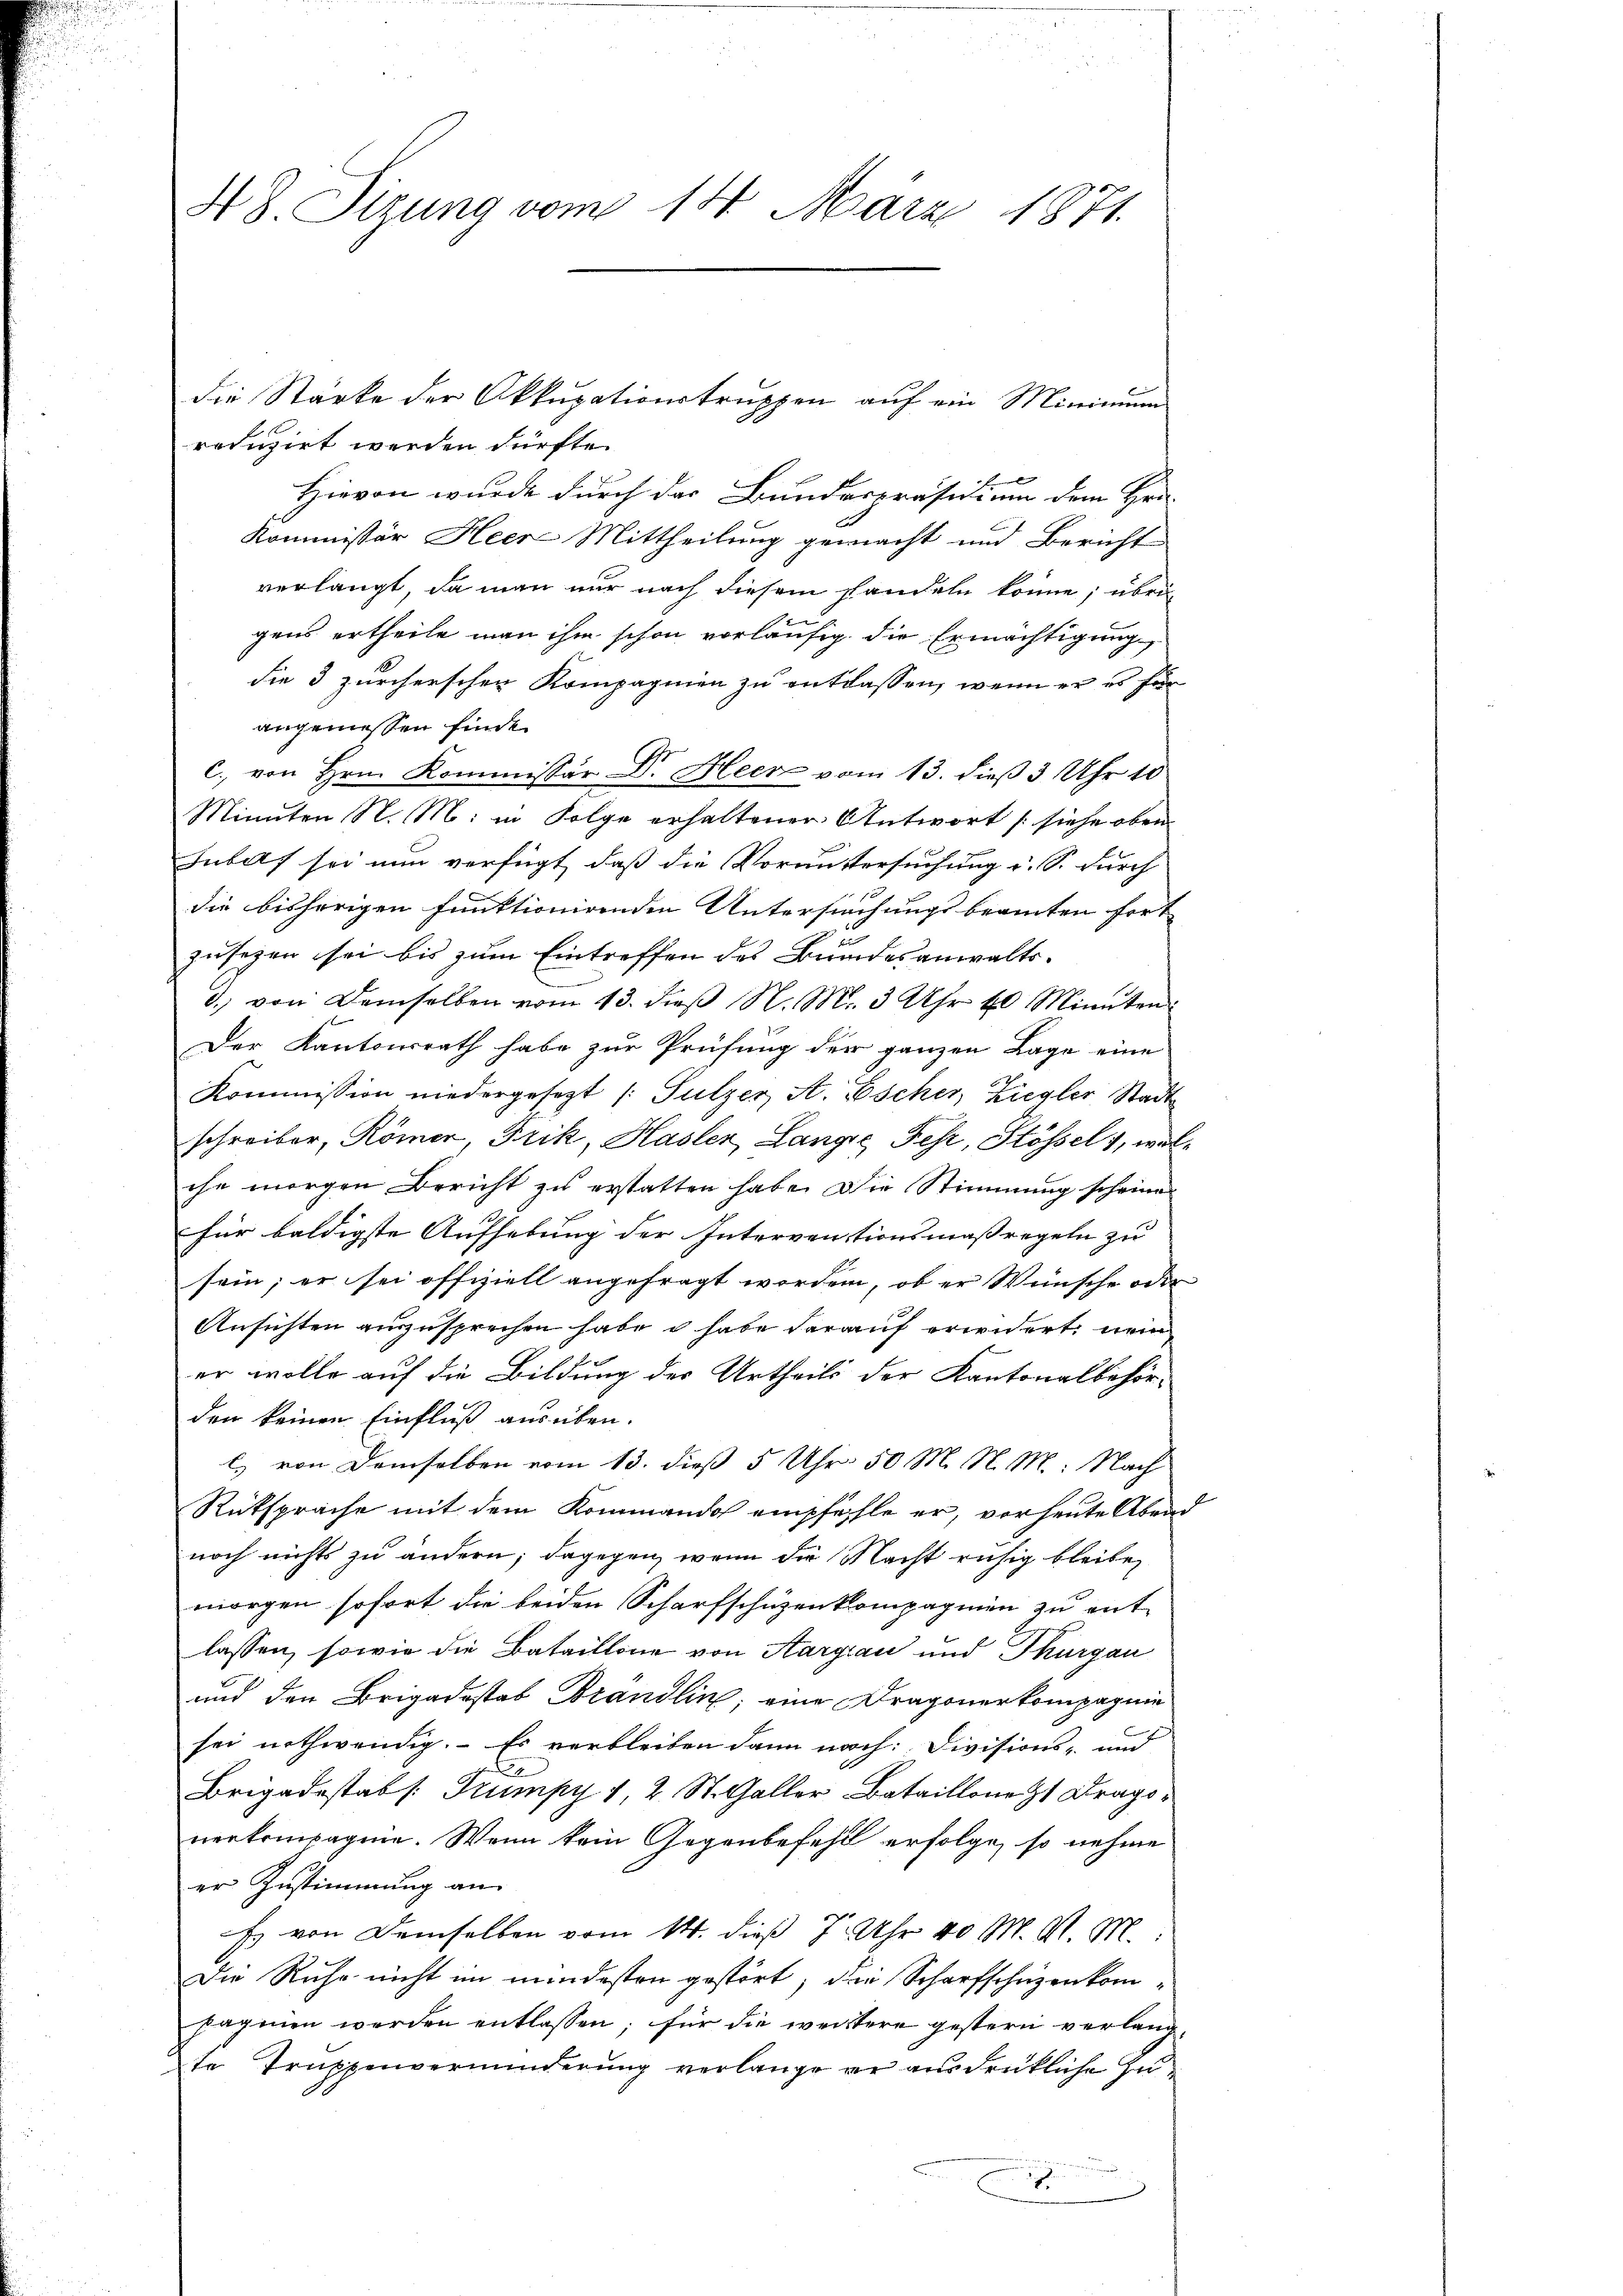
48 Sizung vom 14. März 1871.

reduzirt werden dürfte.
Hiervon wurde durch das Bundespräsidium dem Hrn.
Kommissär Heere Mittheilung gemacht und Bericht
verlangt, da man nur nach diesem handeln könne; übri
e
gens ertheile man ihm schon vorläufig die Ermächtigung
die 3 zürcherschen Kompagnien zu entlassen, wenn er es für
angemessen finde.
C. von Hrn. Kommissär Dr. Heer vom 13. dieß 3 Uhr 10
Minuten N. M. in Folge erhaltener Antwort (siehe oben
Jubelf sei nun verfügt, daß die Voraustersuchung u. S. durch
die bisherigen funktionirenden Untersuchungsbeamten fort
zusehen sei bis zum Eintreffen des Bundesanwalts-
d. von demselben vom 13. dieß N. Mr. 3 Uhr 40 Minuten
Der Kantonsrath habe zur Prüfung der ganzen Lage eine
Kommission niedergesezt /: Sulzer A. Escher, Ziegler Stadt
schreiber, Römer, Frik, Hasler, Lange Fehr, Stössel 1, welche morgen Bericht zu erstatten habe. Die Stimmung scheine
für baldigste Aufhebung der Interventionsmaßregeln zu
sein; er sei offiziell angefragt worden, ob er Wünsche oder
Ansichten auszusprechen habe habe darauf erwidert, nein
er wolle auf die Bildung des Urtheils der Kantonalbehörden keinen Einfluß ausüben.
l) von demselben vom 13. dieß 5 Uhr. 50 M. M. M. Nach
Rütspräche mit dem Kommando empfehle er, vor heute Abend
noch nichts zu ändern; dagegen, wenn die Nacht ruhig bleibe,
morgen sofort die beiden Scharfschüzenkompagnien zu ent-
lassen, sowie die Bataillone von Aargau und Thurgau
und den Brigadostab Brandlin, eine Dragoner kompagnie
sei nothwendig. Es verbleiben dann nach: Divisions- und
Brigadestab /: Trumpy 1 2 St. Galler Bataillonett Dragonerkompagne. Wenn kein Gegenbefehl erfolge, so nehme
er Zustimmung an
Es von demselben vom 14. dieß 7 Uhr 40 M. M. M.
Die Ruhe nicht im mindesten gestört, die Scharfschuzenkompagnien werden entlassen; für die weistere gestern verlangte Truppenverminderung verlange er ausdrükliche Zu¬
E

die Stärke der Okkupationstruppen auf ein Minimum